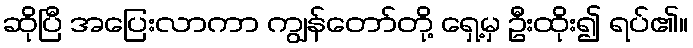
ဆိုပြီ အပြေးလာကာ ကျွန်တော်တို့ ရှေ့မှ ဦးထိုး၍ ရပ်၏။